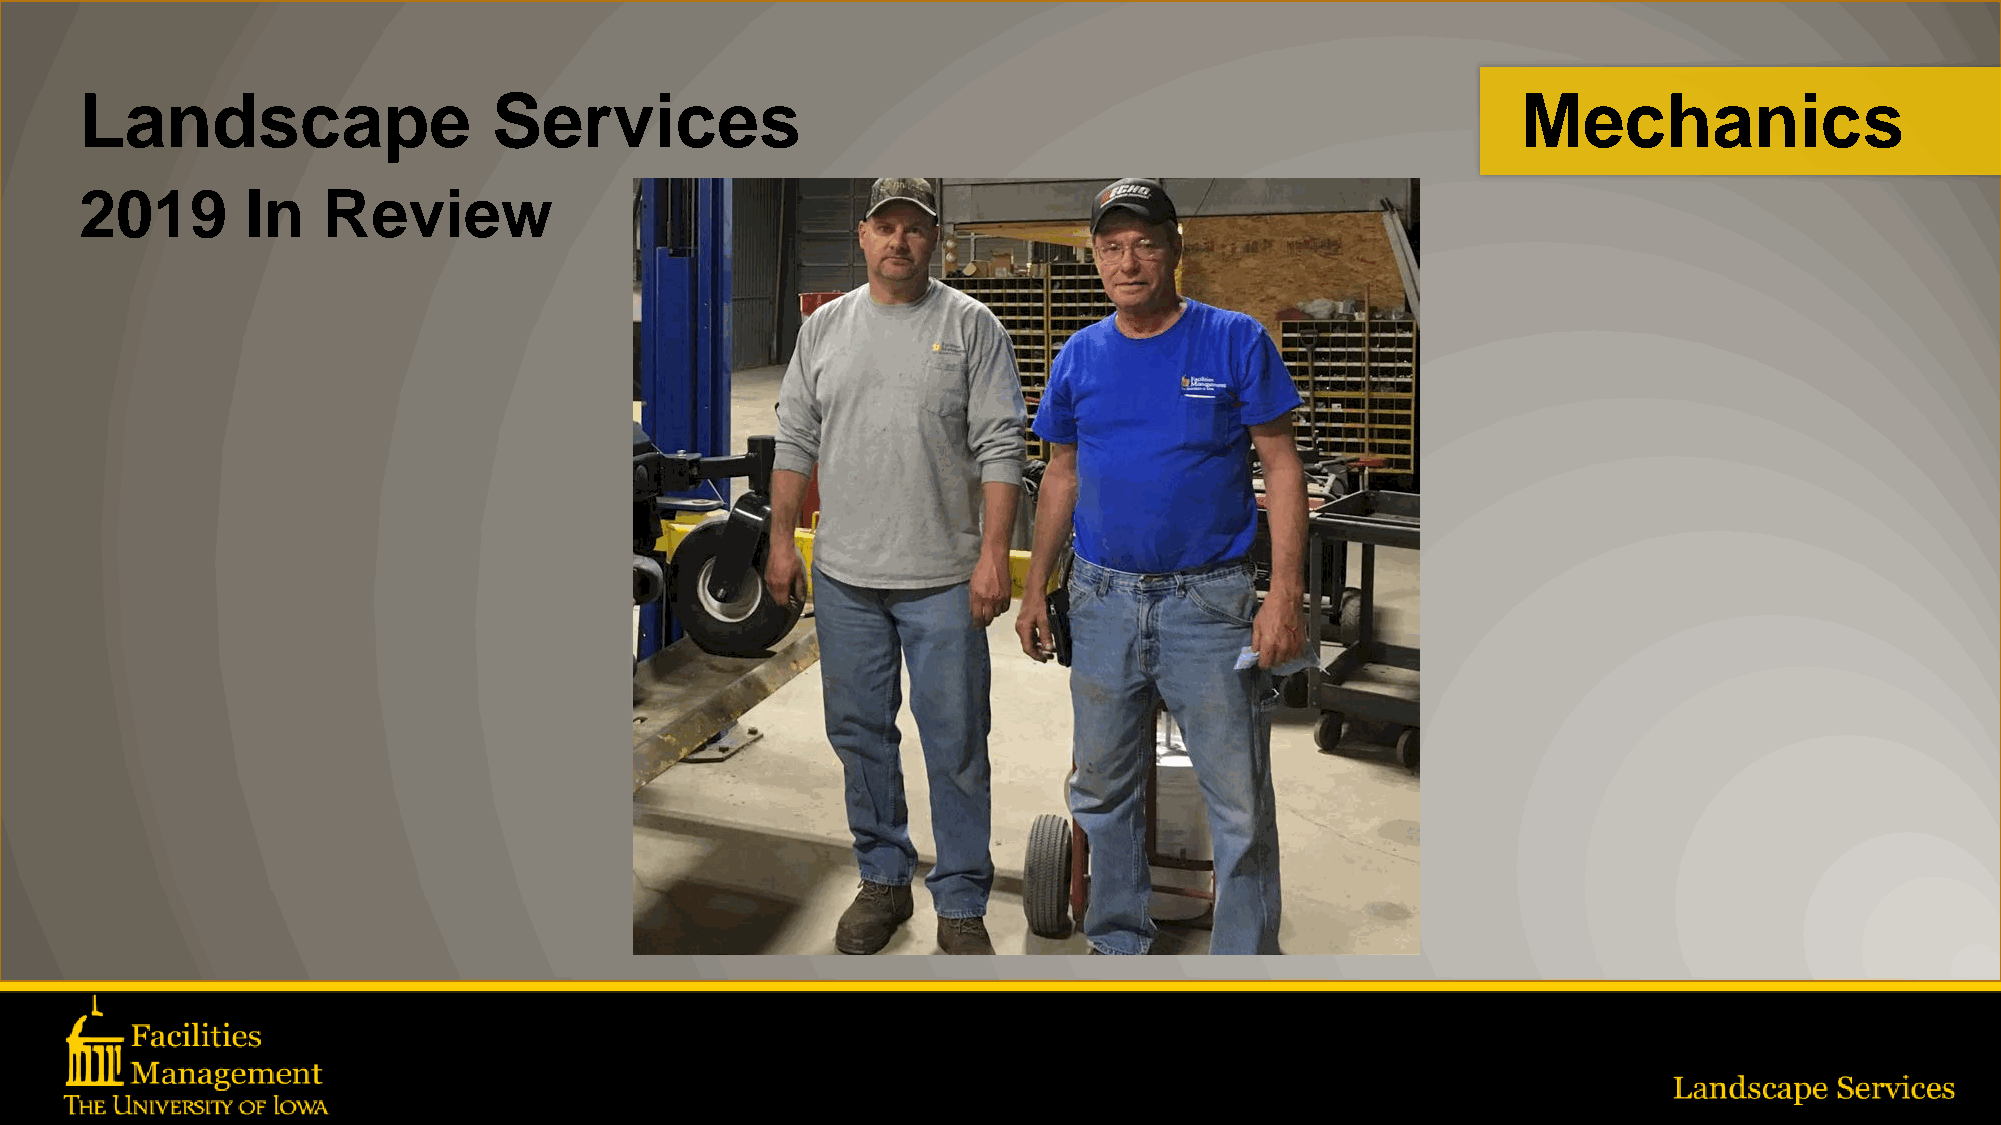
Landscape                   Services                                                            Mechanics
 2019       In   Review